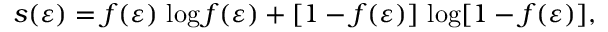
s ( \varepsilon ) = f ( \varepsilon ) \, \log f ( \varepsilon ) + [ 1 - f ( \varepsilon ) ] \, \log [ 1 - f ( \varepsilon ) ] ,